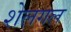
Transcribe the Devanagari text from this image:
शेलगल